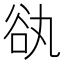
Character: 𧮭